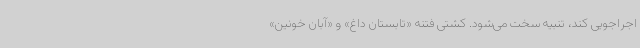
اجراجویی کند، تنبیه سخت می‌شود. کشتی فتنه «تابستان داغ» و «آبان خونین»